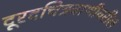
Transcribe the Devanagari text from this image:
दूरदचित्रवाणीवरील